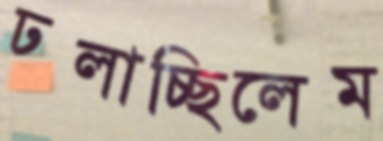
ঢলাচ্ছিলেম